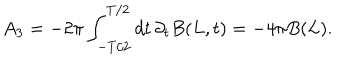
A _ { 3 } = - 2 \pi \int _ { - T / 2 } ^ { T / 2 } d t \, \partial _ { t } B ( L , t ) = - 4 \pi B ( L ) .